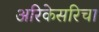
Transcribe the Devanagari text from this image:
अरिकेसरिचा